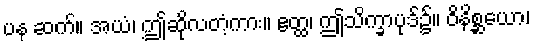
ပန ဆက်။ အယံ၊ ဤဆိုလတံ့ကား။ ဧတ္ထ၊ ဤသိက္ခာပုဒ်၌။ ဝိနိစ္ဆယော၊